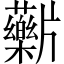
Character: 𬌖